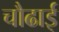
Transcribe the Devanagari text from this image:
चौढाई